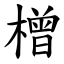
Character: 橧